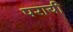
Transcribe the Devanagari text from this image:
परायी